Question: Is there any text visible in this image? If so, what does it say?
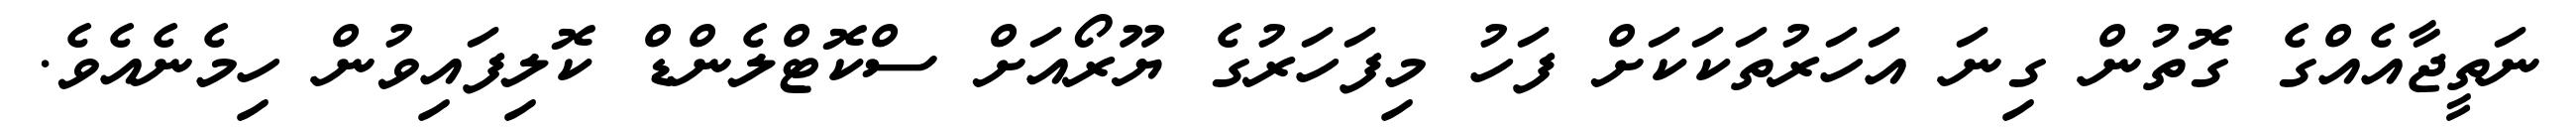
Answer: ނަތީޖާއެއްގެ ގޮތުން ގިނަ އަހަރުތަކަކަށް ފަހު މިފަހަރުގެ ޔޫރޯއަށް ސްކޮޓްލެންޑް ކޮލިފައިވުން ހިމެނެއެވެ.